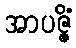
အာပဇ္ဇိံ